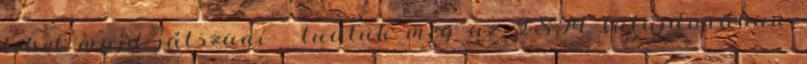
lehet majd játszani - tudtuk meg az ISM tulajdonában